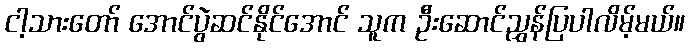
ငါ့သားတော် အောင်ပွဲဆင်နိုင်အောင် သူက ဦးဆောင်ညွှန်ပြပါလိမ့်မယ်။